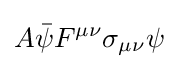
A{\bar {\psi }}F^{\mu \nu }\sigma _{\mu \nu }\psi